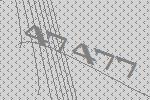
47477